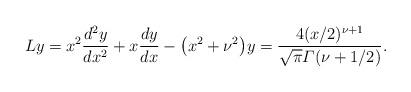
LaTeX: \begin{align*}Ly=x^2\frac{d^2y}{dx^2}+x\frac{dy}{dx}-\bigl(x^2+\nu^2\bigr)y=\frac{4(x/2)^{\nu+1}}{\sqrt{\pi}\varGamma(\nu+1/2)}. \end{align*}